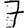
Digit: 7